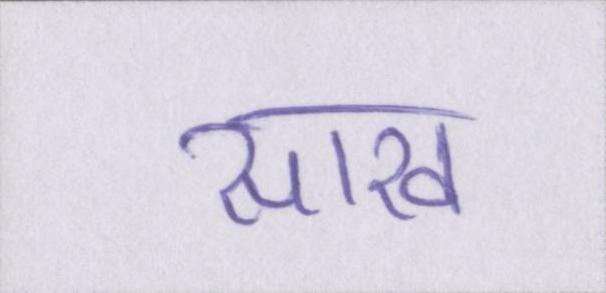
साख